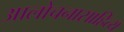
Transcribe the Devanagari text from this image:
आलोचनासाहित्य